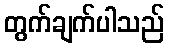
တွက်ချက်ပါသည်